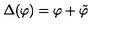
\Delta ( \varphi ) = \varphi + \tilde { \varphi }